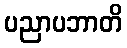
ပညာပဘာတိ